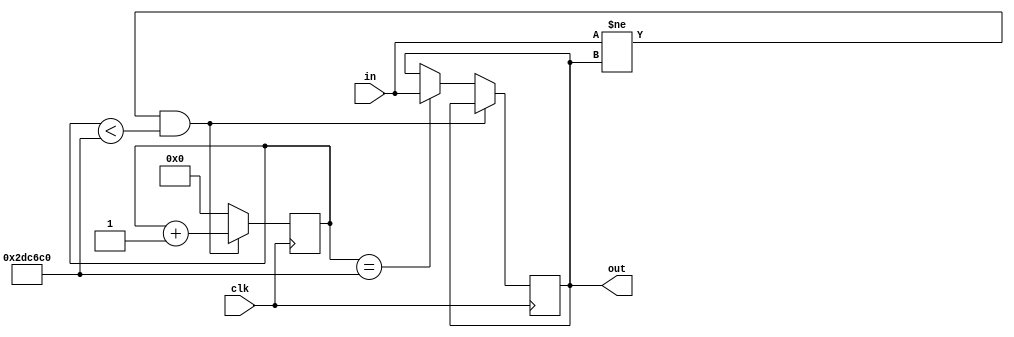
`timescale 1ns / 1ps
//////////////////////////////////////////////////////////////////////////////////
// Company: 
// Engineer: 
// 
// Design Name: 
// Module Name: Debouncer
// Project Name: 
// Target Devices: 
// Tool Versions: 
// Description: 
// 
// Dependencies: 
// 
// Revision:
// Revision 0.01 - File Created
// Additional Comments:
// 
//////////////////////////////////////////////////////////////////////////////////


module Debouncer(
    input clk,
    input in,
    output out
  );
  
  // 10ms at 300MHz
  parameter LIMIT = 3000000;
  
  reg [22:0] count = 0;
  reg state = 1'b0;
  
  always @ (posedge clk) begin
    if(in != state && count < LIMIT)
      count <= count + 1;
    else if (count == LIMIT) begin
      state <= in;
      count <= 0;
    end
    else
      count <= 0;
  end
    
  assign out = state;
  
endmodule